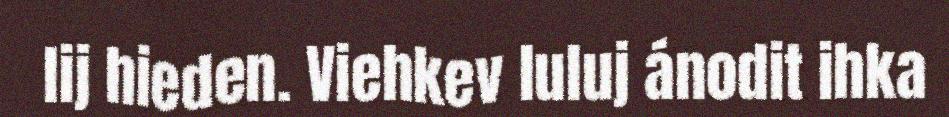
lij hieden. Viehkev luluj ánodit ihka